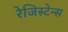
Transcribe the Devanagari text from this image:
रेजिस्टेन्स